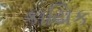
કાયિક